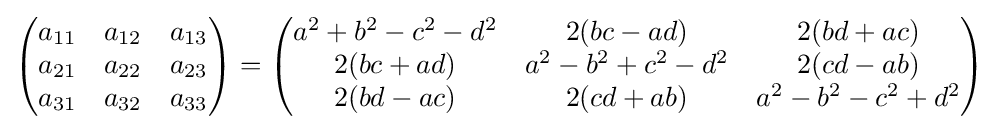
{\begin{pmatrix}a_{11}&a_{12}&a_{13}\\a_{21}&a_{22}&a_{23}\\a_{31}&a_{32}&a_{33}\end{pmatrix}}={\begin{pmatrix}a^{2}+b^{2}-c^{2}-d^{2}&2(bc-ad)&2(bd+ac)\\2(bc+ad)&a^{2}-b^{2}+c^{2}-d^{2}&2(cd-ab)\\2(bd-ac)&2(cd+ab)&a^{2}-b^{2}-c^{2}+d^{2}\end{pmatrix}}